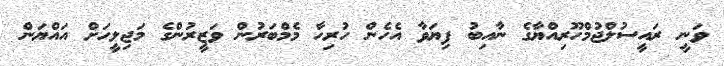
ވަނީ ރައީސުލްޖުމްހޫރިއްޔާގެ ނާއިބު ފިޔަވާ އެހެން ހުރިހާ މެމްބަރުން ވަޒީރުންގެ މަޖިލީހަށް އައްޔަން